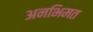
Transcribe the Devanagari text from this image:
अनभिमत